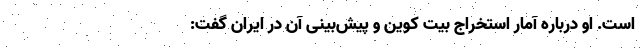
است. او درباره آمار استخراج بیت کوین و پیش‌بینی آن در ایران گفت: